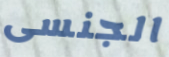
الجنسى